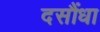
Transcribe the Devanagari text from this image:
दसौंधा